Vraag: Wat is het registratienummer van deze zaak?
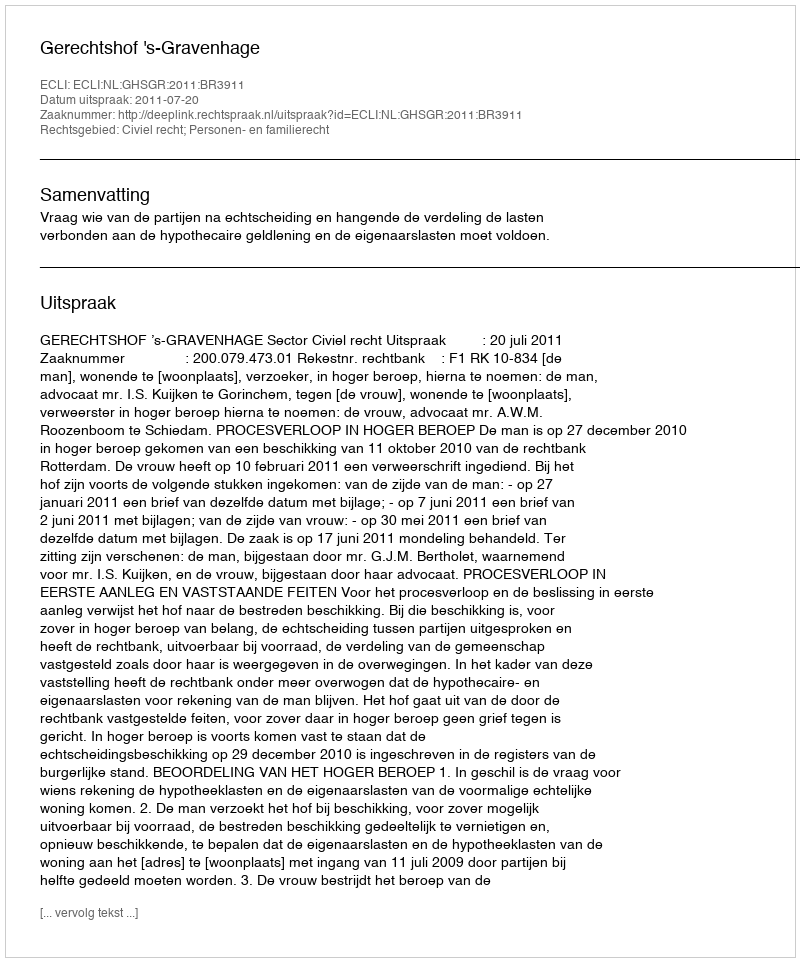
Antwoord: http://deeplink.rechtspraak.nl/uitspraak?id=ECLI:NL:GHSGR:2011:BR3911